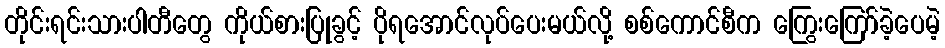
တိုင်းရင်းသားပါတီတွေ ကိုယ်စားပြုခွင့် ပိုရအောင်လုပ်ပေးမယ်လို့ စစ်ကောင်စီက ကြွေးကြော်ခဲ့ပေမဲ့